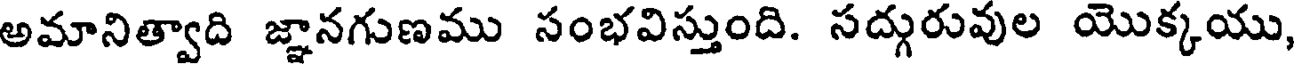
అమానిత్వాది జ్ఞానగుణము సంభవిస్తుంది. సద్గురువుల యొక్కయు,